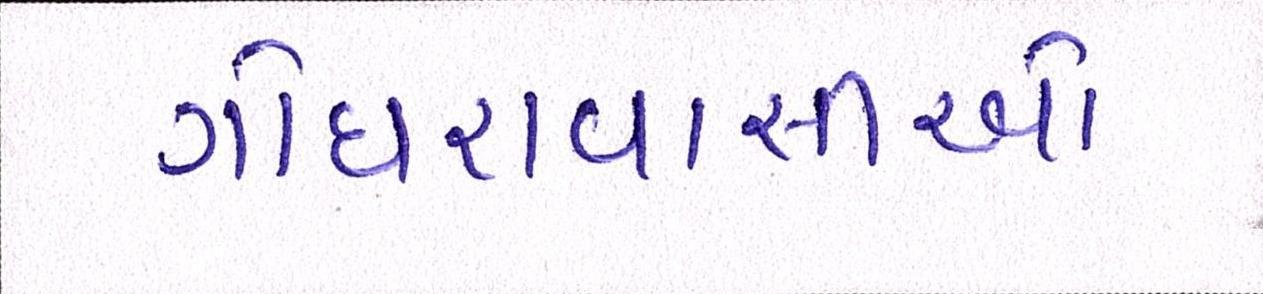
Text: ગોધરાવાસીઓ